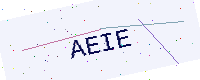
Text: AEIE